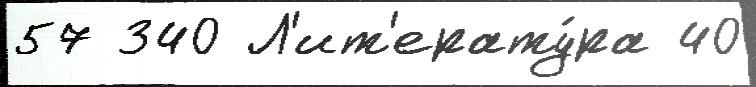
57 340 Л'ит'ерату́ра 40